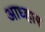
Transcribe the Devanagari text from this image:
आध्हार